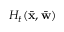
{ \cal H } _ { t } ( \bar { { \bf x } } , \bar { { \bf w } } )